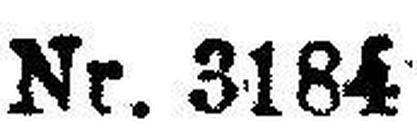
Nr. 3184